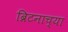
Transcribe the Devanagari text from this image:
ब्रिटनाच्या